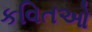
કવિતઓ